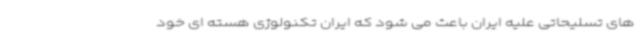
های تسلیحاتی علیه ایران باعث می شود که ایران تکنولوژی هسته ای خود